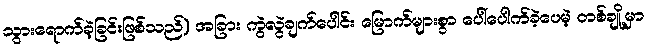
သွားရောက်ခဲ့ခြင်းဖြစ်သည်) အခြား ကွဲလွဲချက်ပေါင်း မြောက်များစွာ ပေါ်ပေါက်ခဲ့ပေမဲ့ တစ်ချို့မှာ